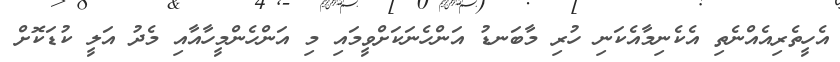
އެހީތެރިއެއްނެތި އެކެނިމާއެކަނި ހުރި މާބަނޑު އަންހެނަކަށްވީމައި މި އަންހެންމީހާއާއި މެދު އަލީ ކުޑަކޮށް